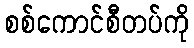
စစ်ကောင်စီတပ်ကို